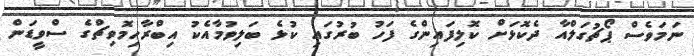
ނަމަވެސް ޕޯޗުގަލްއާ ދެކޮޅަށް ކޮލިފައިންގެ ފަހު ބުރުގައި ކުޅެ ބަލިވުމާއެކު އިބްރާހިމޮވިޗްގެ ސްވީޑަން